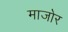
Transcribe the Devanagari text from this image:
माजोर